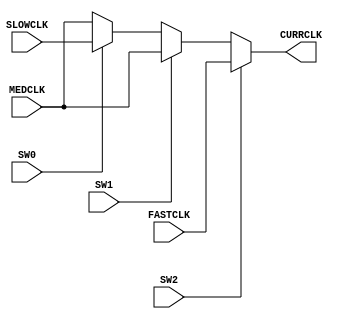
`timescale 1ns / 1ps
//////////////////////////////////////////////////////////////////////////////////
// Company: 
// Engineer: 
// 
// Design Name: 
// Module Name: c_freq
// Project Name: 
// Target Devices: 
// Tool Versions: 
// Description: 
// 
// Dependencies: 
// 
// Revision:
// Revision 0.01 - File Created
// Additional Comments:
// 
//////////////////////////////////////////////////////////////////////////////////


module c_freq(
    input SW0,
    input SW1,
    input SW2,
    input SLOWCLK,
    input MEDCLK,
    input FASTCLK,
    output CURRCLK
    );
    
    assign CURRCLK = SW2 ? FASTCLK : (SW1 ? MEDCLK : (SW0 ? SLOWCLK : MEDCLK));
endmodule